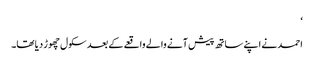
‘
احمد نے اپنے ساتھ پیش آنے والے واقعے کے بعد سکول چھوڑ دیا تھا۔